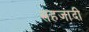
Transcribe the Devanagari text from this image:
सहजादी